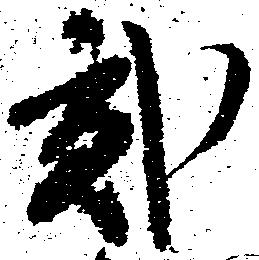
弐